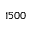
1 5 0 0